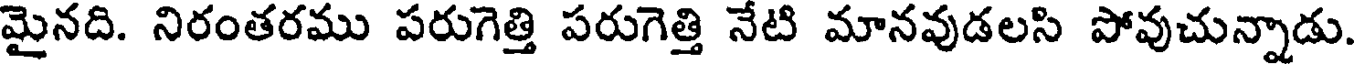
మైనది. నిరంతరము పరుగెత్తి పరుగెత్తి నేటి మానవుడలసి పోవుచున్నాడు.